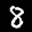
Label: 8